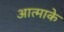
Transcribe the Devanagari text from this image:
आत्माके